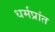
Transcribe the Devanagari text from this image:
धर्मप्रांत